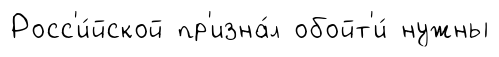
Росс'и́йской пр'изна́л обойт'и́ нужны